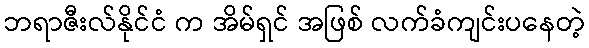
ဘရာဇီးလ်နိုင်ငံ က အိမ်ရှင် အဖြစ် လက်ခံကျင်းပနေတဲ့